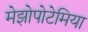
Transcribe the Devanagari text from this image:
मेझोपोटेमिया